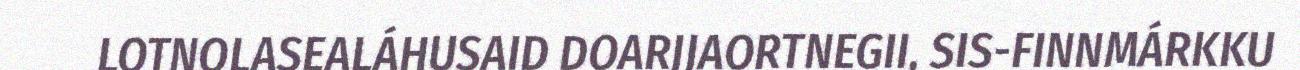
LOTNOLASEALÁHUSAID DOARJJAORTNEGII, SIS-FINNMÁRKKU